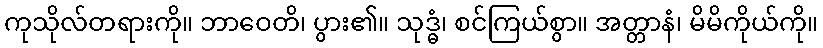
ကုသိုလ်တရားကို။ ဘာဝေတိ၊ ပွား၏။ သုဒ္ဓံ၊ စင်ကြယ်စွာ။ အတ္တာနံ၊ မိမိကိုယ်ကို။